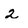
Character: 2